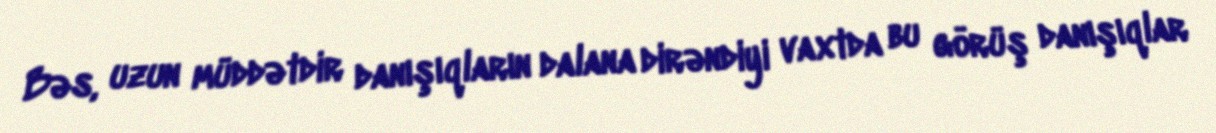
Bəs, uzun müddətdir danışıqların dalana dirəndiyi vaxtda bu görüş danışıqlar